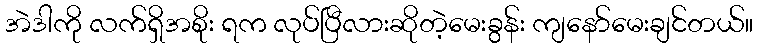
အဲဒါကို လက်ရှိအစိုး ရက လုပ်ပြီလားဆိုတဲ့မေးခွန်း ကျနော်မေးချင်တယ်။